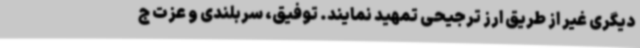
دیگری غیر از طریق ارز ترجیحی تمهید نمایند. توفیق، سربلندی و عزت ج